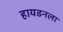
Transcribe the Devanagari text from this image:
हायडनला